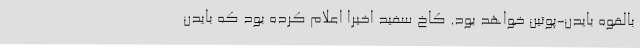
بالقوه بایدن-پوتین خواهد بود. کاخ سفید اخیرا اعلام کرده بود که بایدن